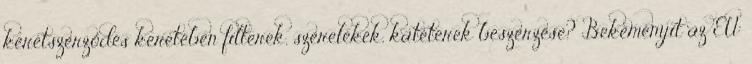
keretszerződés keretében filterek, szerelékek, katéterek beszerzése? Bekeményít az EU: